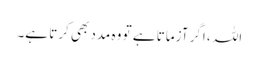
اللہ ، اگر آزماتا ہے تو وہ مدد بھی کرتا ہے۔